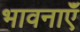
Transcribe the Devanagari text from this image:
भावनाएॅं